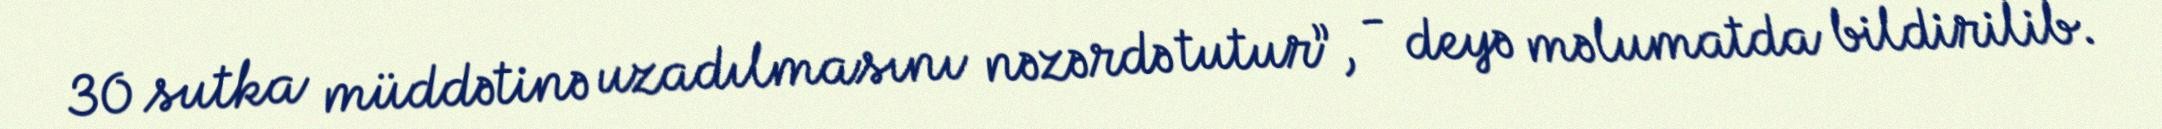
30 sutka müddətinə uzadılmasını nəzərdə tutur”, - deyə məlumatda bildirilib.